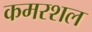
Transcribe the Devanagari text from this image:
कमरशल